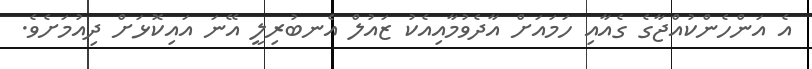
އެ އަންހެންކުއްޖާގެ ގެއާއި ހަމައަށް އާދެވުމާއިއެކު ޒައުލް އެނބުރިލީ އޭނަ އައިކޮޅަށް ދިއުމަށެވެ.